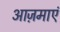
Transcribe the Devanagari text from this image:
आज़माएं